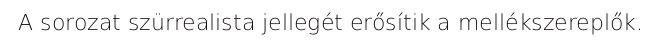
A sorozat szürrealista jellegét erősítik a mellékszereplők.